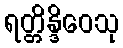
ရတ္တိန္ဒိဝေသု